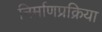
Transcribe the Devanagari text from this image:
निर्माणप्रक्रिया